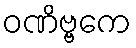
ဝဏိဗ္ဗကေ